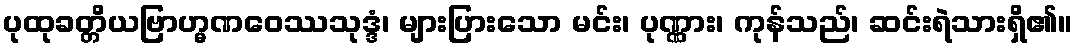
ပုထုခတ္တိယဗြာဟ္မဏဝေဿသုဒ္ဒံ၊ များပြားသော မင်း၊ ပုဏ္ဏား၊ ကုန်သည်၊ ဆင်းရဲသားရှိ၏။